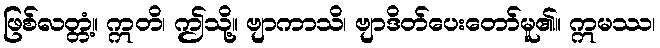
ဖြစ်လတ္တံ့။ ဣတိ၊ ဤသို့။ ဗျာကာသိ၊ ဗျာဒိတ်ပေးတော်မူ၏။ ဣမဿ၊